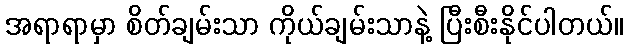
အရာရာမှာ စိတ်ချမ်းသာ ကိုယ်ချမ်းသာနဲ့ ပြီးစီးနိုင်ပါတယ်။